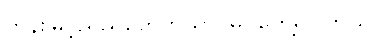
ကုန်းမြင့်ညိုညိုတွေကိုသာ မြင်တွေ့ရပါတယ်။